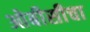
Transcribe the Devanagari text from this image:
ओबीसीचा